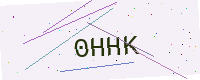
Text: 0HHK